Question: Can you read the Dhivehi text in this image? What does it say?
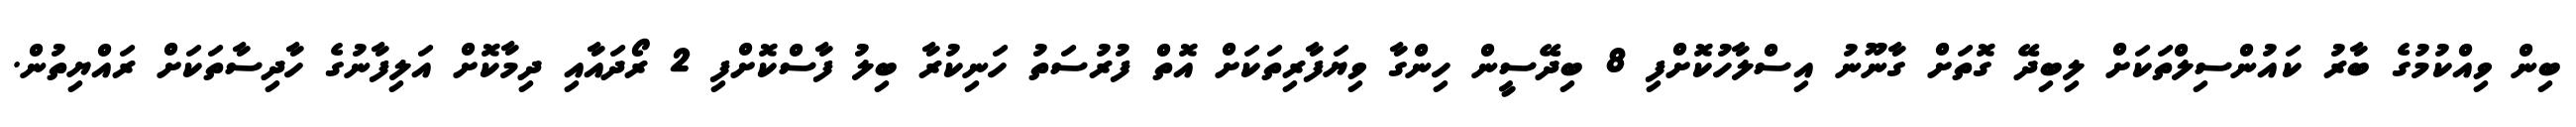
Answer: ބިން ވިއްކުމުގެ ބާރު ކައުންސިލްތަކަށް ލިބިދޭ ގޮތަށް ގާނޫނު އިސްލާހުކޮށްފި 8 ބިދޭސީން ހިންގާ ވިޔަފާރިތަކަށް އޮތް ފުރުސަތު ހަނިކުރާ ބިލު ފާސްކޮށްފި 2 ރޯދައާއި ދިމާކޮށް އަލިފާނުގެ ހާދިސާތަކަށް ރައްޔިތުން.